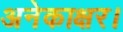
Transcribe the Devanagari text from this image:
अनेकाक्षर।